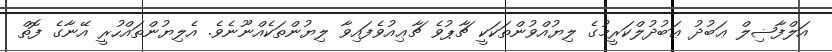
އަލްފާޟިލް ޢަބުދު ޢަބުދުލްކަރީމުގެ ލިޔުއްވުންތަކަކީ ޗާޕުވެ ޗާޢިއުވެފައިވާ ލިޔުންތަކެއްނޫނެވެ. އެލިޔުންތައްހުރީ އޭނާގެ ފޮތް